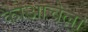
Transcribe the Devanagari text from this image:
कोआचेला